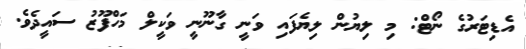
އެޑިޓަރުގެ ނޯޓް: މި ލިޔުން ލިޔެފައި ވަނީ ގާނޫނީ ވަކީލް މަހްފޫޒު ސައީދެވެ.